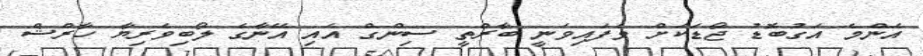
އެންމެ އަގުބޮޑު ޖޯޑަކަށް ވެފައިވަނީ ބާރްތީ ސިންގް އައި އޭނާގެ ލޯބިވެރިޔާ ހާރްޝް